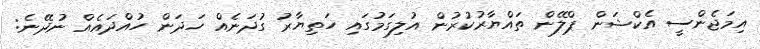
އިމަޖެންސީ އެކްޝަން ޕްލޭން ތައްޔާރުކުރުން އުލިގަމުގައި ހަތިޔާރު ގުދަނެއް ހަދަން ހުއްދައެއް ނުދޭނެ: